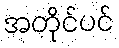
အတိုင်ပင်